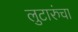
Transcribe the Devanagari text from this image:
लुटारुंचा